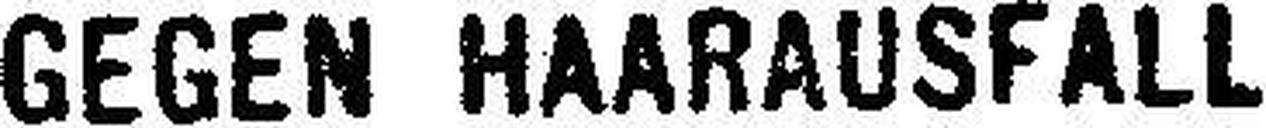
GEGEN HAARAUSFALL